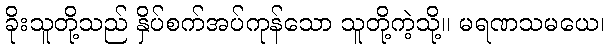
ခိုးသူတို့သည် နှိပ်စက်အပ်ကုန်သော သူတို့ကဲ့သို့။ မရဏသမယေ၊